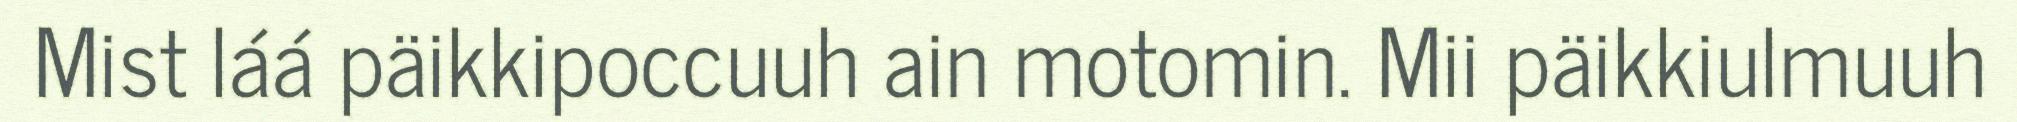
Mist láá päikkipoccuuh ain motomin. Mii päikkiulmuuh